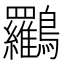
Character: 𪈰